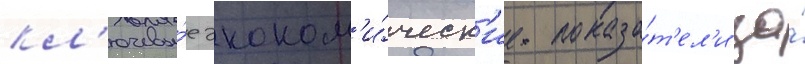
кл'ючевы́е эконом'и́ческ'ие показа́т'ел'и за́